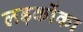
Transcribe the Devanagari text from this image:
लड़कोंका